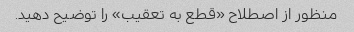
منظور از اصطلاح «قطع به تعقیب» را توضیح دهید.